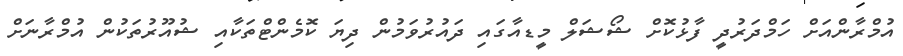
އުމްރާންއަށް ހަމްދަރުދީ ފާޅުކޮށް ޝޯޝަލް މީޑއާގައި ދައުރުވަމުން ދިޔަ ކޮމެންޓްތަކާއި ޝުއޫރުތަކުން އުމްރާނަށް